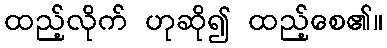
ထည့်လိုက် ဟုဆို၍ ထည့်စေ၏။